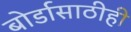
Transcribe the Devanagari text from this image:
बोर्डासाठीही